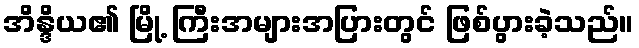
အိန္ဒိယ၏ မြို့ ကြီးအများအပြားတွင် ဖြစ်ပွားခဲ့သည်။